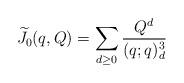
LaTeX: \begin{align*} \widetilde{J_0}(q,Q) = \sum_{d \geq 0} \frac{Q^d}{(q;q)_d^3} \end{align*}